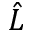
\hat { L }